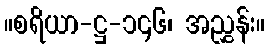
။စရိယာ-ဋ္ဌ-၁၄၆၊ အညွှန်း။